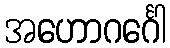
အဟောဂင်္ဂေါ